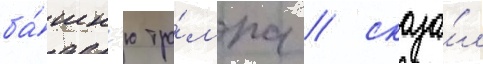
ба́шн'ю тра́мпа / сказа́л